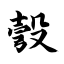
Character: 彀